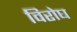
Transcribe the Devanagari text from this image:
विरोघ